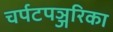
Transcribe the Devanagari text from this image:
चर्पटपञ्जरिका